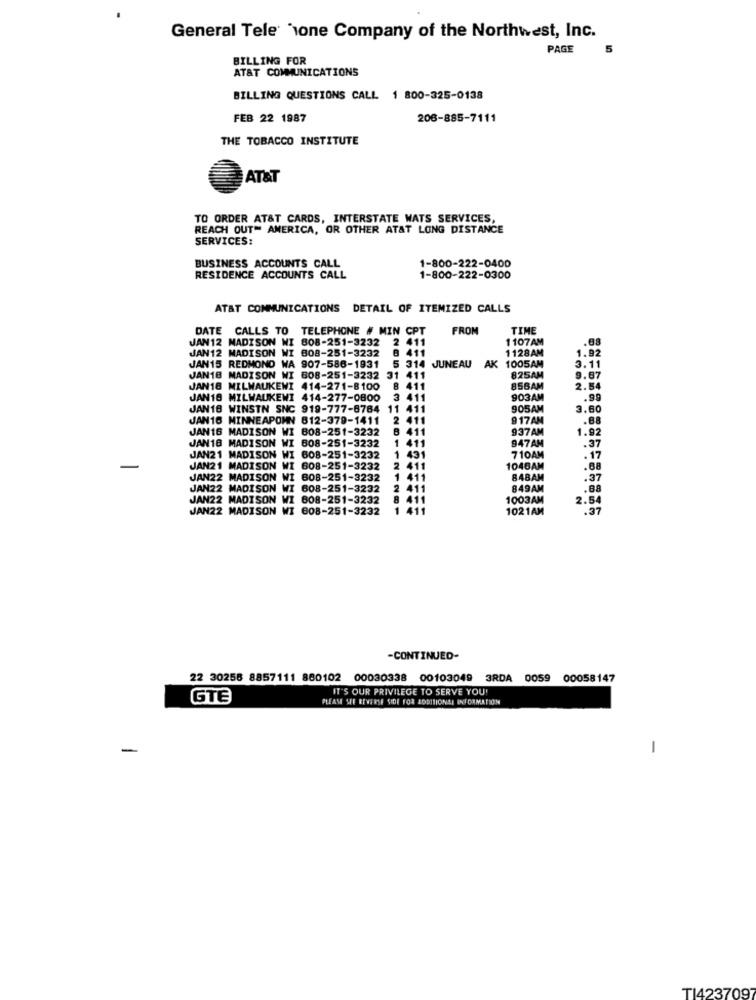
General Tele 'sone Company of the Northwest, Inc.
PAGE
5
BILLING FOR
AT&T COMMUNICATIONS
BILLING QUESTIONS CALL 1 800-325-0138
FEB 22 1987
206-885-7111
THE TOBACCO INSTITUTE
AT&T
TO ORDER AT&T CARDS, INTERSTATE WATS SERVICES,
REACH OUT= AMERICA, OR OTHER AT&T LONG DISTANCE
SERVICES:
1-800-222-0400
BUSINESS ACCOUNTS CALL
RESIDENCE ACCOUNTS CALL
1-800-222-0300
AT&T COMMUNICATIONS DETAIL OF ITEMIZED CALLS
DATE CALLS TO TELEPHONE # MIN CPT
FROM
TIME
JAN12 MADISON WI 808-251-3232
2
2 41
1107AM
.08
JAN12 MADISON WI 808-251-3232
141
1128AM
1.92
5 314
3.11
JAN15 REDMOND WA 907-586-1931
JUNEAU
AK
1005AM
JAN18 MADISON WI 608-251-3232
31 411
825AM
9.87
JAN18 MILWAUKEWI 414-271-8100
8 411
856AM
2.54
JAN18 MILWAUKEWI 414-277-0800
903AM
.99
JAN18 WINSTN SNC 919-777-8784
11
905AM
3.60
JAN16 MINNEAPOMN 612-379-1411
411
917AN
JAN16 MADISON WI 808-251-3232
8 411
937 AM
947AM
1.92
JAN18 MADISON WI 608-251-3232
1 411
.37
JAN21 MADISON WI 608-251-3232
1 431
710AM
. 17
-
JAN21 MADISON WI 608-251-3232
2 411
1046AM
.88
JAN22 MADISON WI 608-251-3232
1 411
848AM
.37
JAN22 MADISON WI 608-251-3232
2 411
849AM
.88
JAN22 MADISON WI 808-251-3232
411
1003AM
2.54
JAN22 MADISON WI 608-251-3232
1021AM
: 37
-CONTINUED-
22 30258 8857111 860102
00030338
00103049
3RDA 0059 00058147
IT'S OUR PRIVILEGE TO SERVE YOU!
GTE
PLEASE SEE REVERSE SIDE FOR ADDITIONAL INFORMATION
-
-
TI4237097